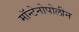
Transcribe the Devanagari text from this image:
मॉन्टेनोपोलीन